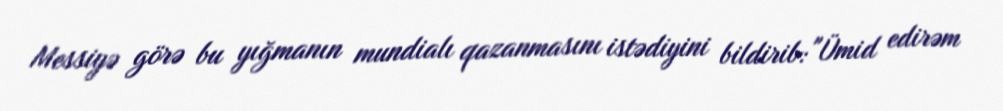
Messiyə görə bu yığmanın mundialı qazanmasını istədiyini bildirib: "Ümid edirəm